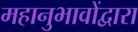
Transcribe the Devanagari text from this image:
महानुभावोंद्वारा